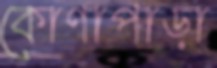
কোণাপাড়া